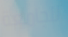
للجامعة